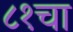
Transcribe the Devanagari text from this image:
८१चा